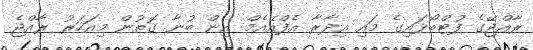
ރާއްޖޭގެ ފުޓްބޯޅައިގެ މައި އިދާރާ އެފްއޭއެމް އިން ބުނާ ގޮތުން މިއަހަރު ރާއްޖެ